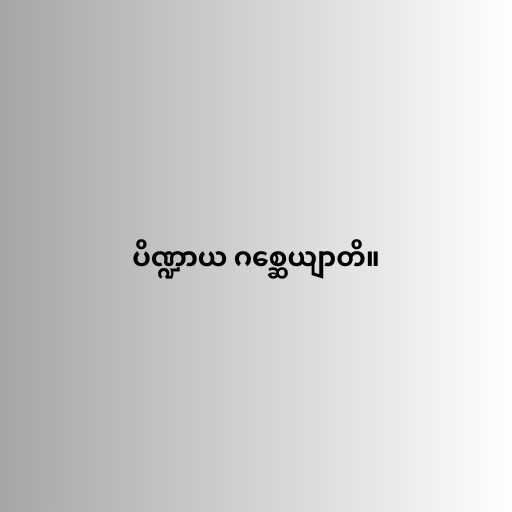
ပိဏ္ဍာယ ဂစ္ဆေယျာတိ။